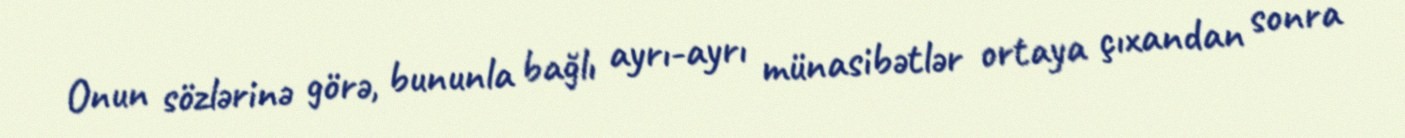
Onun sözlərinə görə, bununla bağlı ayrı-ayrı münasibətlər ortaya çıxandan sonra